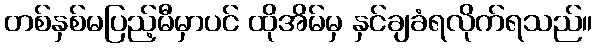
တစ်နှစ်မပြည့်မီမှာပင် ထိုအိမ်မှ နှင်ချခံရလိုက်ရသည်။